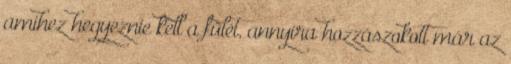
amihez hegyeznie kell a fülét, annyira hozzászokott már az